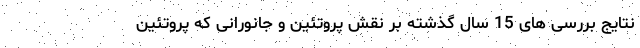
نتایج بررسی های 15 سال گذشته بر نقش پروتئین و جانورانی که پروتئین